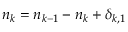
n _ { k } = n _ { k - 1 } - n _ { k } + \delta _ { k , 1 }